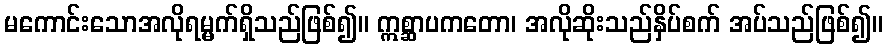
မကောင်းသောအလိုရမ္မက်ရှိသည်ဖြစ်၍။ ဣစ္ဆာပကတော၊ အလိုဆိုးသည်နှိပ်စက် အပ်သည်ဖြစ်၍။